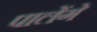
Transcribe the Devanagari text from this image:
पालेंगे